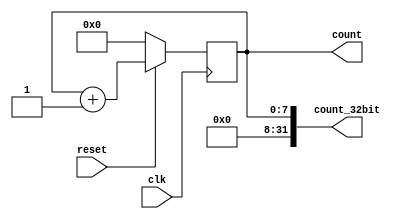
module eight_bit_counter ( clk,reset,count,count_32bit);
    input clk, reset;
    //input [1:0] rw;
    output reg[7:0] count;
    output reg [31:0] count_32bit	;

    always @ (posedge clk) //synchronous 
begin    
if (~reset)
    count <= 8'b00000000;
	else
    	//if(rw == 2'b01 || rw == 2'b10)
        	//count = count;
    	//else begin
        	count = count + 1; //increment the counter after each cycle
    	//end
end 
assign count_32bit = {{24{1'b0}},count};

endmodule